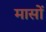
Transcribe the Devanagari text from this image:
मासाें